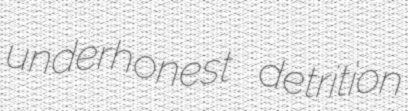
underhonest detrition